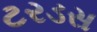
ટરડસ